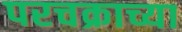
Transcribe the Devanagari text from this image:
परचक्राच्या